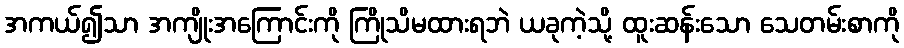
အကယ်၍သာ အကျိုးအကြောင်းကို ကြိုသိမထားရဘဲ ယခုကဲ့သို့ ထူးဆန်းသော သေတမ်းစာကို